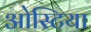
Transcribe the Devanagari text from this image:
ओस्टिया